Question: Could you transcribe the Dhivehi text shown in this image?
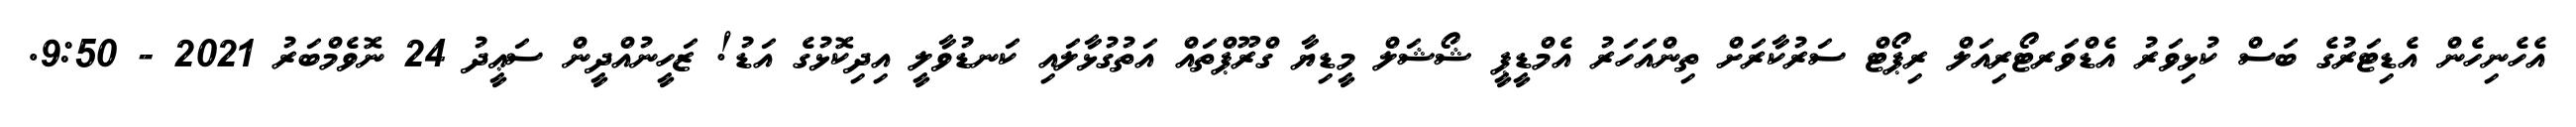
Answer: އެހެނިހެން އެޑިޓަރުގެ ބަސް ކުޅިވަރު އެޑްވަރޓޯރިއަލް ރިޕޯޓް ސަރުކާރަށް ތިންއަހަރު އެމްޑީޕީ ޝޯޝަލް މީޑިޔާ ގްރޫޕްތައް އަތުގުޅާލައި ކަނޑުވާލީ އިދިކޮޅުގެ އަޑު! ޒަހީނުއްދީން ސަޢީދު 24 ނޮވެމްބަރު 2021 - 9:50.